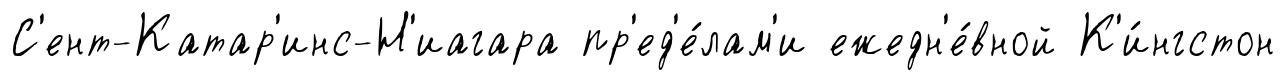
С'ент-Катар'инс-Н'иагара пр'ед'е́лам'и ежедн'е́вной К'и́нгстон